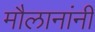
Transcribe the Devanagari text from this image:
मौलानांनी